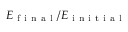
E _ { \mathrm { ~ f ~ i ~ n ~ a ~ l ~ } } / E _ { \mathrm { ~ i ~ n ~ i ~ t ~ i ~ a ~ l ~ } }